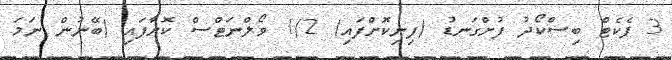
3 ޕެކެޓް ބިސްކޯދު ފުށްގަނޑު (ފިނިކޮށްފައި) 1/2 ވޯލްނަޓްސް ކޮށާފައި (ބޭނުން ނަމަ